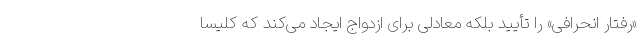
«رفتار انحرافی» را تأیید بلکه معادلی برای ازدواج ایجاد می‌کند که کلیسا